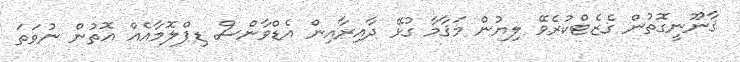
ޤާނޫނީގޮތުން ގެޒެޓްކުރެވޭ ލިޔުން މަޤާމާ ގުޅޭ ދާއިރާއިން އެޑްވާންސް ޑިޕްލޮމާއެއް އޮތުން ނުވަތަ